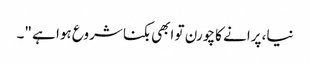
نیا، پرانے کا چورن تو ابھی بکنا شروع ہوا ہے "۔